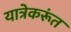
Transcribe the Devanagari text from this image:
यात्रेकरूंत